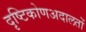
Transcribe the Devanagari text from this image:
दृष्टिकोणअदालतों